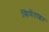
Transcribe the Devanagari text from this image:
सिमेंटाइट